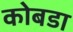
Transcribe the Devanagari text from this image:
कोबडा